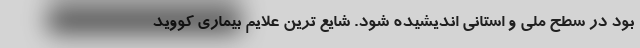
بود در سطح ملی و استانی اندیشیده شود. شایع ترین علایم بیماری کووید